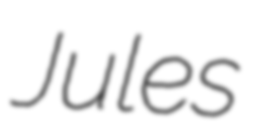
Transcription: Jules